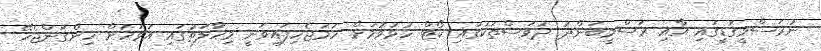
ނުރަސްމީގަޑީގައި އާއި ރަސްމީބަންދު ދުވަސްތަކުގައި ކޯޓް ހުޅުވުމަށް ހަމަޖެހިފައިވަނީ މިހާލަތުގައި އަވަހަށް ހިންގަންޖެހޭ